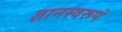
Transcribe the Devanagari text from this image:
ज्ञानस्वरूपं